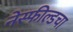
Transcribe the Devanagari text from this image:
नेस्फील्डचा